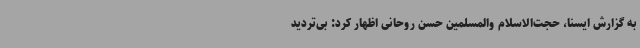
به گزارش ایسنا، حجت‌الاسلام والمسلمین حسن روحانی اظهار کرد: بی‌تردید